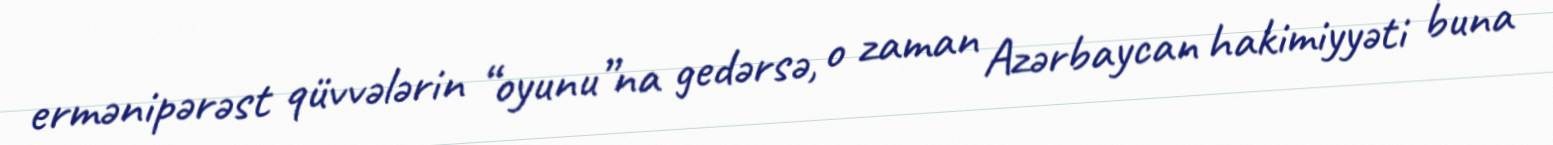
ermənipərəst qüvvələrin “oyunu”na gedərsə, o zaman Azərbaycan hakimiyyəti buna